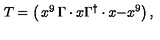
T = \left( \begin{matrix} { x ^ { 9 } } & { \Gamma \cdot x } \\ { \Gamma ^ { \dagger } \cdot x } & { - x ^ { 9 } } \\ \end{matrix} \right) ,